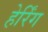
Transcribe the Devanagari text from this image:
हेर्रिंग